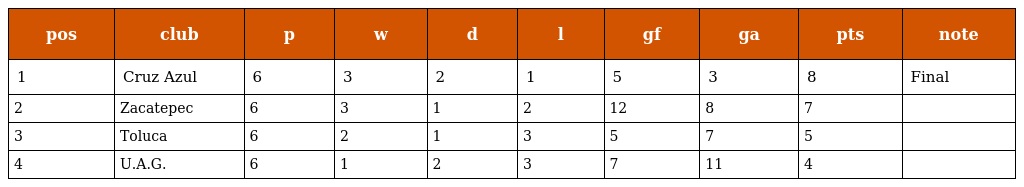
| pos | club | p | w | d | l | gf | ga | pts | note |
 | --- | --- | --- | --- | --- | --- | --- | --- | --- | --- |
 | 1 | Cruz Azul | 6 | 3 | 2 | 1 | 5 | 3 | 8 | Final |
 | 2 | Zacatepec | 6 | 3 | 1 | 2 | 12 | 8 | 7 |  |
 | 3 | Toluca | 6 | 2 | 1 | 3 | 5 | 7 | 5 |  |
 | 4 | U.A.G. | 6 | 1 | 2 | 3 | 7 | 11 | 4 |  |